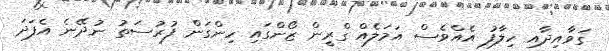
ގަވާއިދާއި ހިލާފު އެއްވެސް އަމަލެއް ގްރީން ޒޯންގައި ހިންގަން ފުރުސަތު ނުދޭނެ އެފަދަ